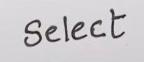
Select